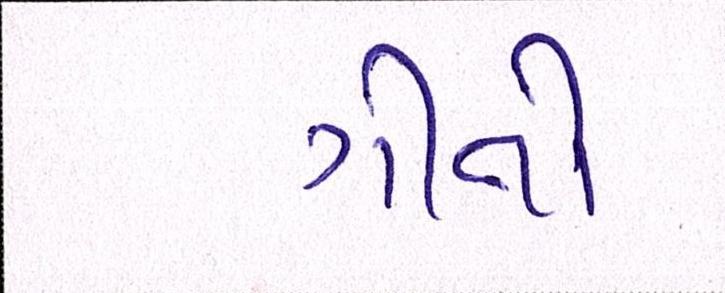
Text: ગીતો